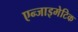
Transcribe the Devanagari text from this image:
एन्जाइमेटिक